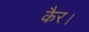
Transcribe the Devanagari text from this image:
कैर।